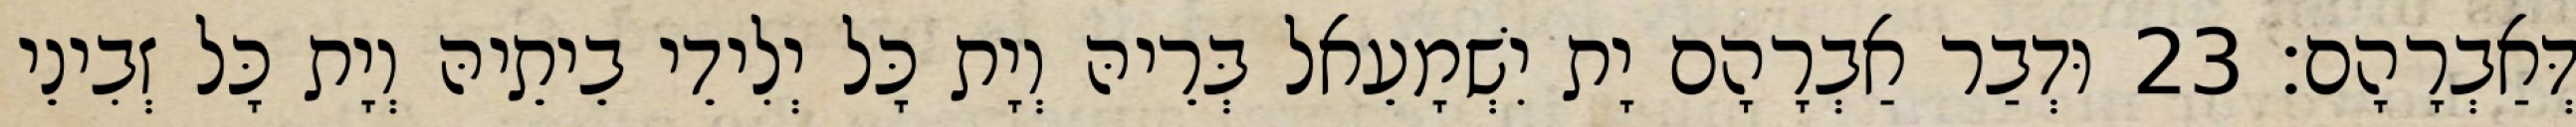
דְּאַבְרָהָם׃ 23 וּדְבַר אַבְרָהָם יָת יִשְׁמָעֵאל בְּרֵיהּ וְיָת כָּל יְלִידֵי בֵיתֵיהּ וְיָת כָּל זְבִינֵי